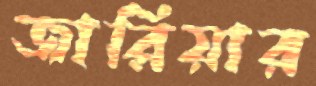
জারিয়ার